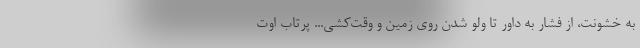
به خشونت، از فشار به داور تا ولو شدن روی زمین و وقت‌کشی... پرتاب اوت